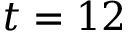
t = 1 2